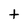
Character: t